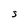
Character: S